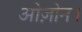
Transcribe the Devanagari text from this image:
ओज़ोन।